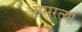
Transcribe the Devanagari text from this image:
ओसरत्या